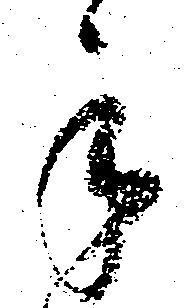
手